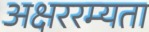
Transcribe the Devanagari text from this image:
अक्षररम्यता